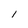
Character: 1